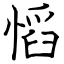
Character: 慆